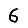
Digit: 6